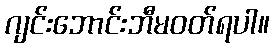
ဂျင်းဘောင်းဘီမဝတ်ရပါ။